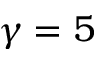
\gamma = 5